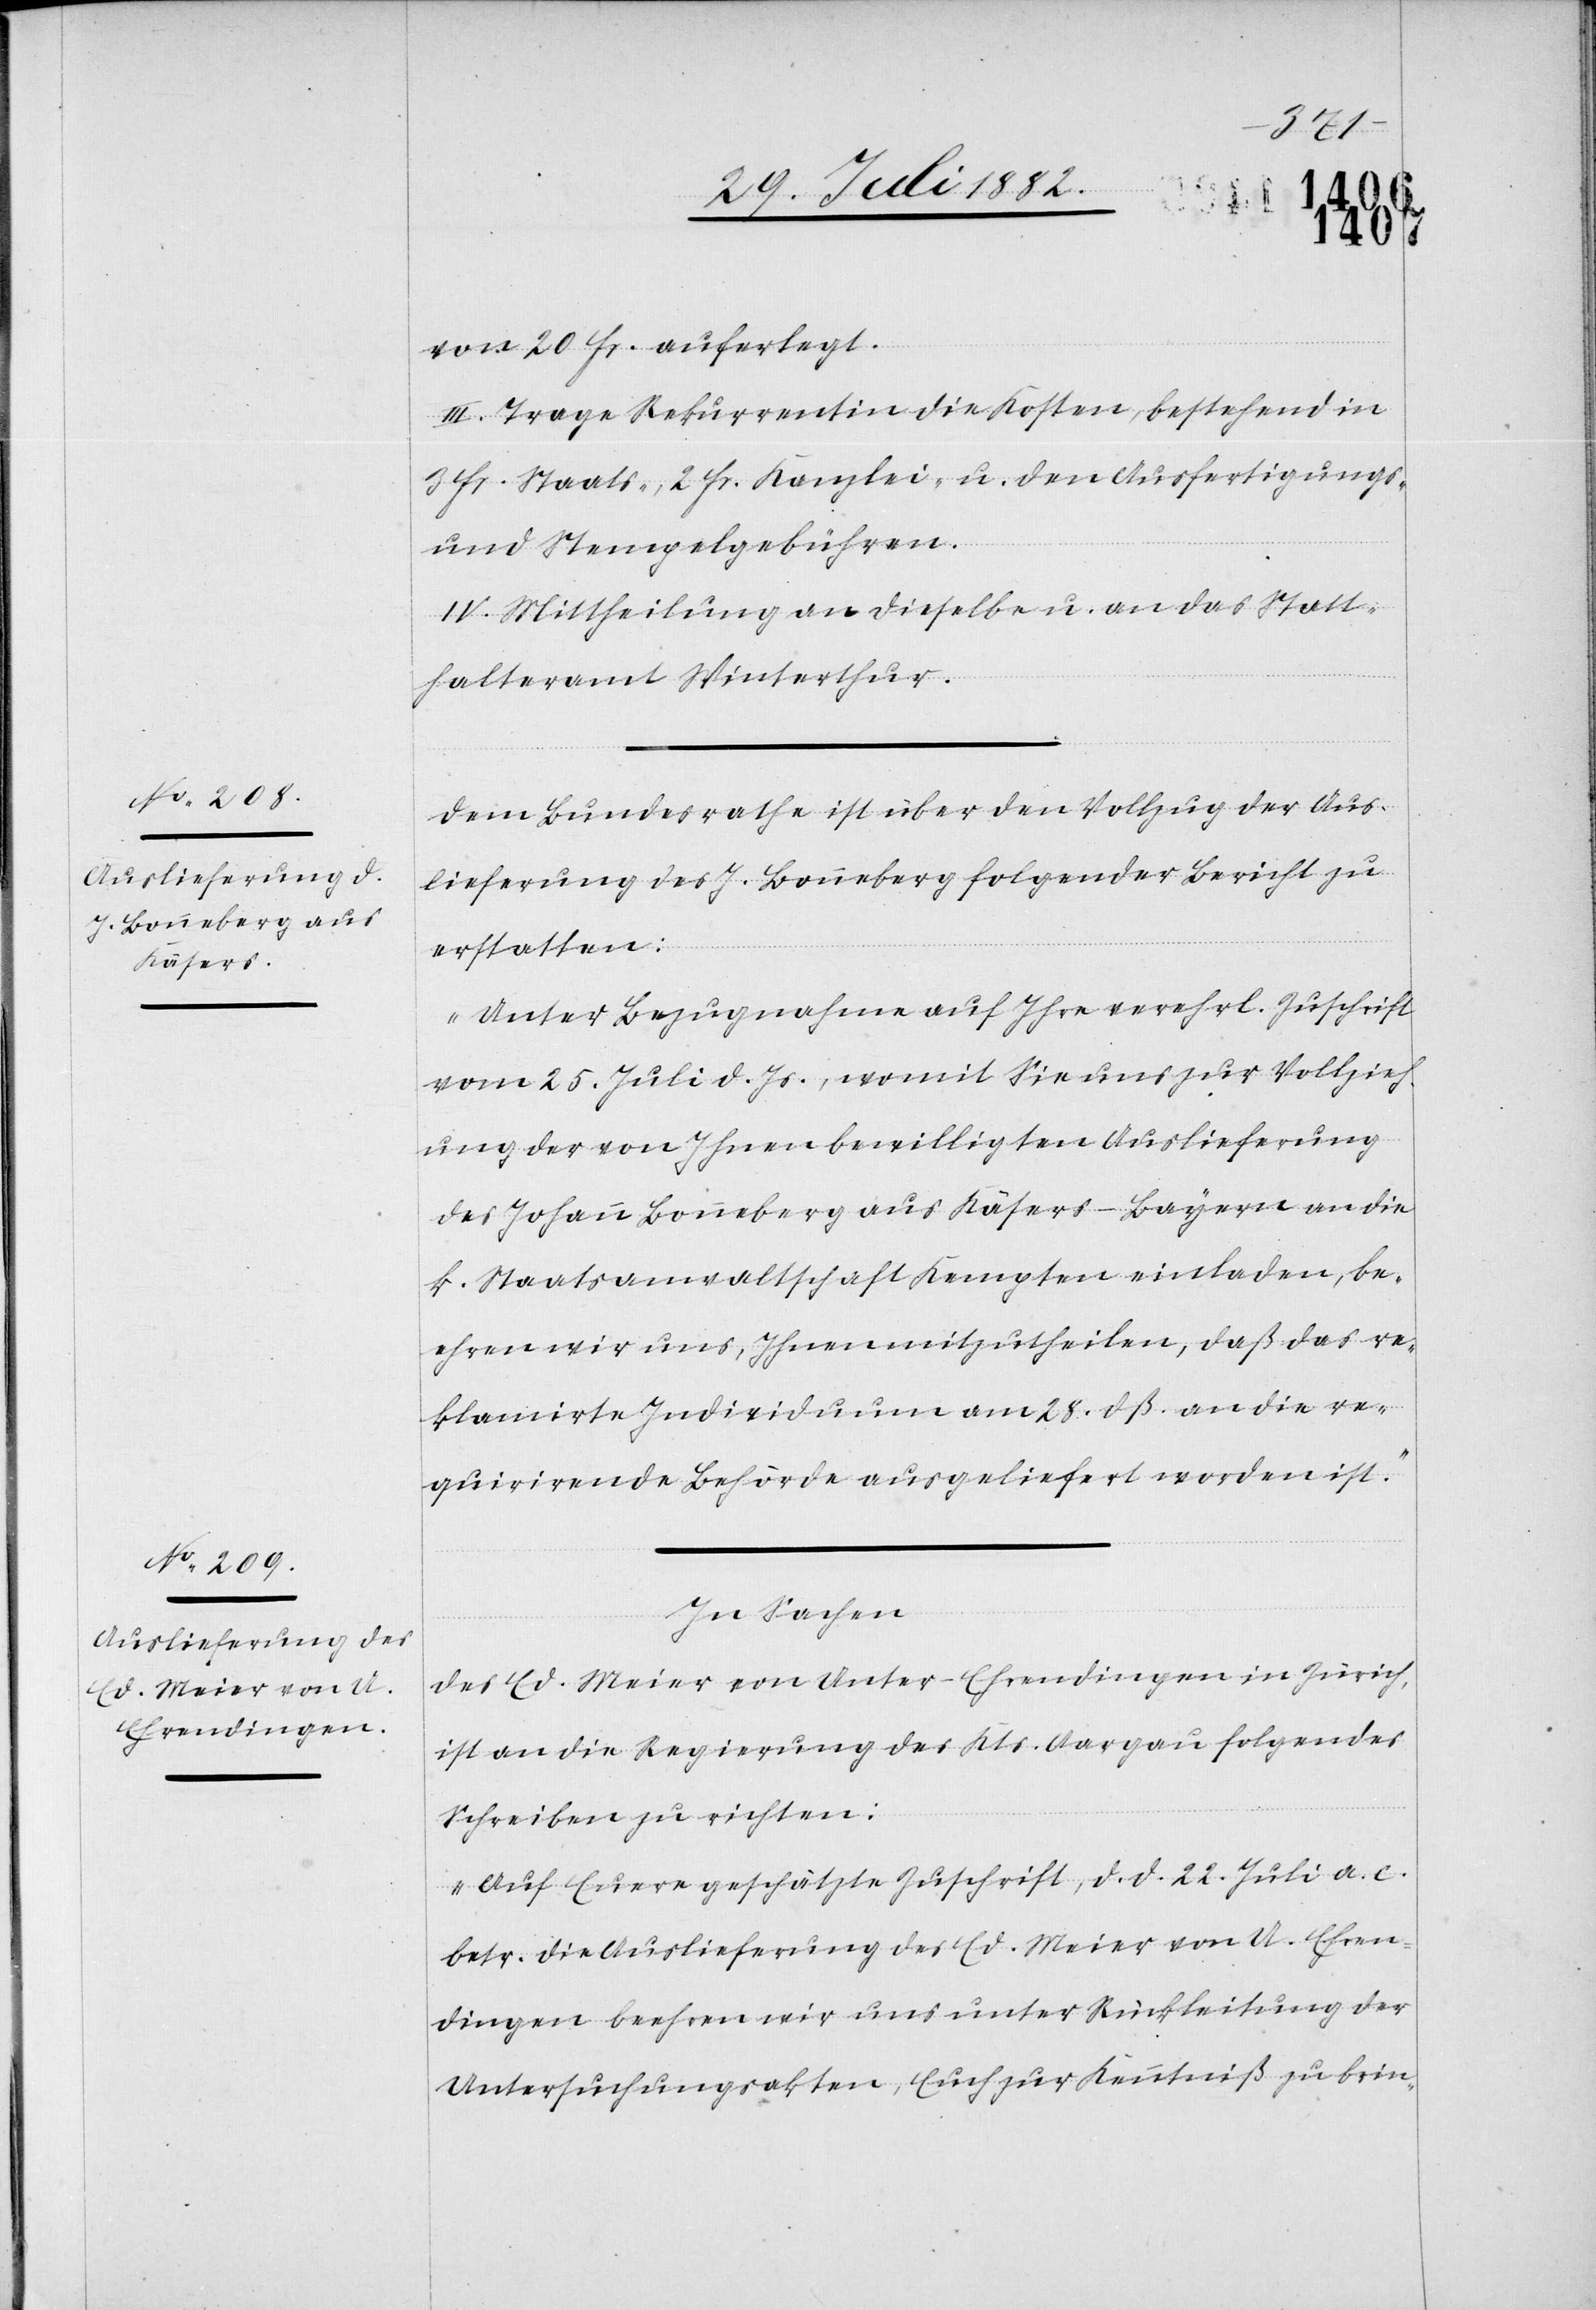
von 20 Fr. auferlegt.
III. Trage Rekurrentin die Kosten, bestehend in
3 Fr. Staats-, 2 Fr. Kanzlei- u. den Ausfertigungs-
und Stempelgebühren.
IV. Mittheilung an dieselbe u. an das Statt¬
halteramt Winterthur.
Dem Bundesrathe ist über den Vollzug der Aus¬
lieferung des J. Bonneberg folgender Bericht zu
erstatten:
„Unter Bezugnahme auf Ihre verehrl. Zuschrift
vom 25. Juli d. Js., womit Sie uns zur Vollzieh¬
ung der von Ihnen bewilligten Auslieferung
des Johann Bonneberg aus Käsers - Bayern an die
k. Staatsanwaltschaft Kempten einladen, be¬
ehren wir uns, Ihnen mitzutheilen, daß das re¬
klamirte Individuum am 28. dß. an die re¬
quirirende Behörde ausgeliefert worden ist.“
In Sachen
des Ed. Meier von Unter-Ehrendingen in Zürich,
ist an die Regierung des Kts. Aargau folgendes
Schreiben zu richten:
„Auf Euere geschätzte Zuschift, d. d. 22. Juli a. c.
betr. die Auslieferung des Ed. Meier von U. Ehren¬
dingen beehren wir uns unter Rückleitung der
Untersuchungsakten, Euch zur Kenntniß zu brin-